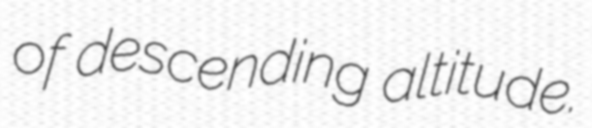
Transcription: of descending altitude.